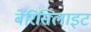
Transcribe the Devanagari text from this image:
बेरिसिलाइट